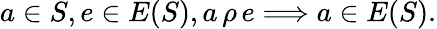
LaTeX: a\in S,e\in E(S),a\, \rho\, e\Longrightarrow a\in E(S).